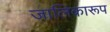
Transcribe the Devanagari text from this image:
जालिकारूप